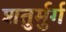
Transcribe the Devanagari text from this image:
शतुर्मुर्ग